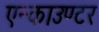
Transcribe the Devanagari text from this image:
एन्काउण्टर